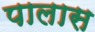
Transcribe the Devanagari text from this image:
पालास